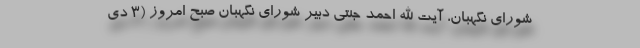
شورای نگهبان، آیت الله احمد جنتی دبیر شورای نگهبان صبح امروز (۳ دی